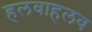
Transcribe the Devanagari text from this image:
हलवाहलव